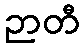
ဉာတီ